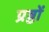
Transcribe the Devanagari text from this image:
प्रष्ठों